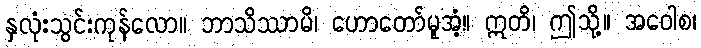
နှလုံးသွင်းကုန်လော။ ဘာသိဿာမိ၊ ဟောတော်မူအံ့။ ဣတိ၊ ဤသို့။ အဝေါစ၊